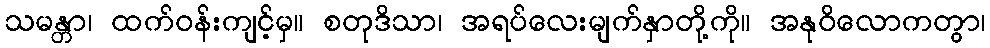
သမန္တာ၊ ထက်ဝန်းကျင့်မှ။ စတုဒိသာ၊ အရပ်လေးမျက်နှာတို့ကို။ အနုဝိလောကတွာ၊